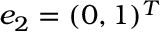
e _ { 2 } = ( 0 , 1 ) ^ { T }